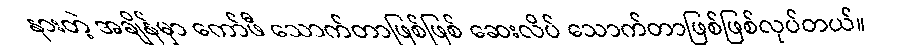
နားတဲ့ အချိန်မှာ ကော်ဖီ သောက်တာဖြစ်ဖြစ် ဆေးလိပ် သောက်တာဖြစ်ဖြစ်လုပ်တယ်။